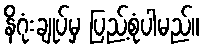
နိဂုံးချုပ်မှ ပြည့်စုံပါမည်။